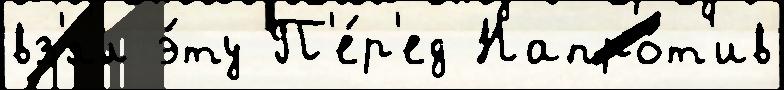
вз'ял э́ту П'е́р'ед Напро́т'ив